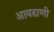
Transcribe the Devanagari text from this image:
आवढाणी